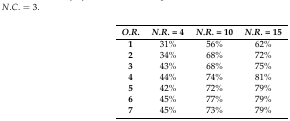
| O.R. | N.R. = 4 | N.R. = 10 | N.R. = 15 |
 | --- | --- | --- | --- |
 | 1 | 31% | 56% | 62% |
 | 2 | 34% | 68% | 72% |
 | 3 | 43% | 68% | 75% |
 | 4 | 44% | 74% | 81% |
 | 5 | 42% | 72% | 79% |
 | 6 | 45% | 77% | 79% |
 | 7 | 45% | 73% | 79% |